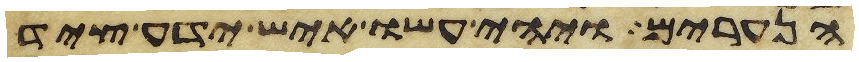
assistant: הנערים ויהי עשו איש ידע ציד